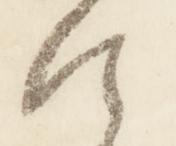
仕